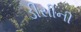
ડીસીની